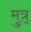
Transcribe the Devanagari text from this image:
मुत्र्